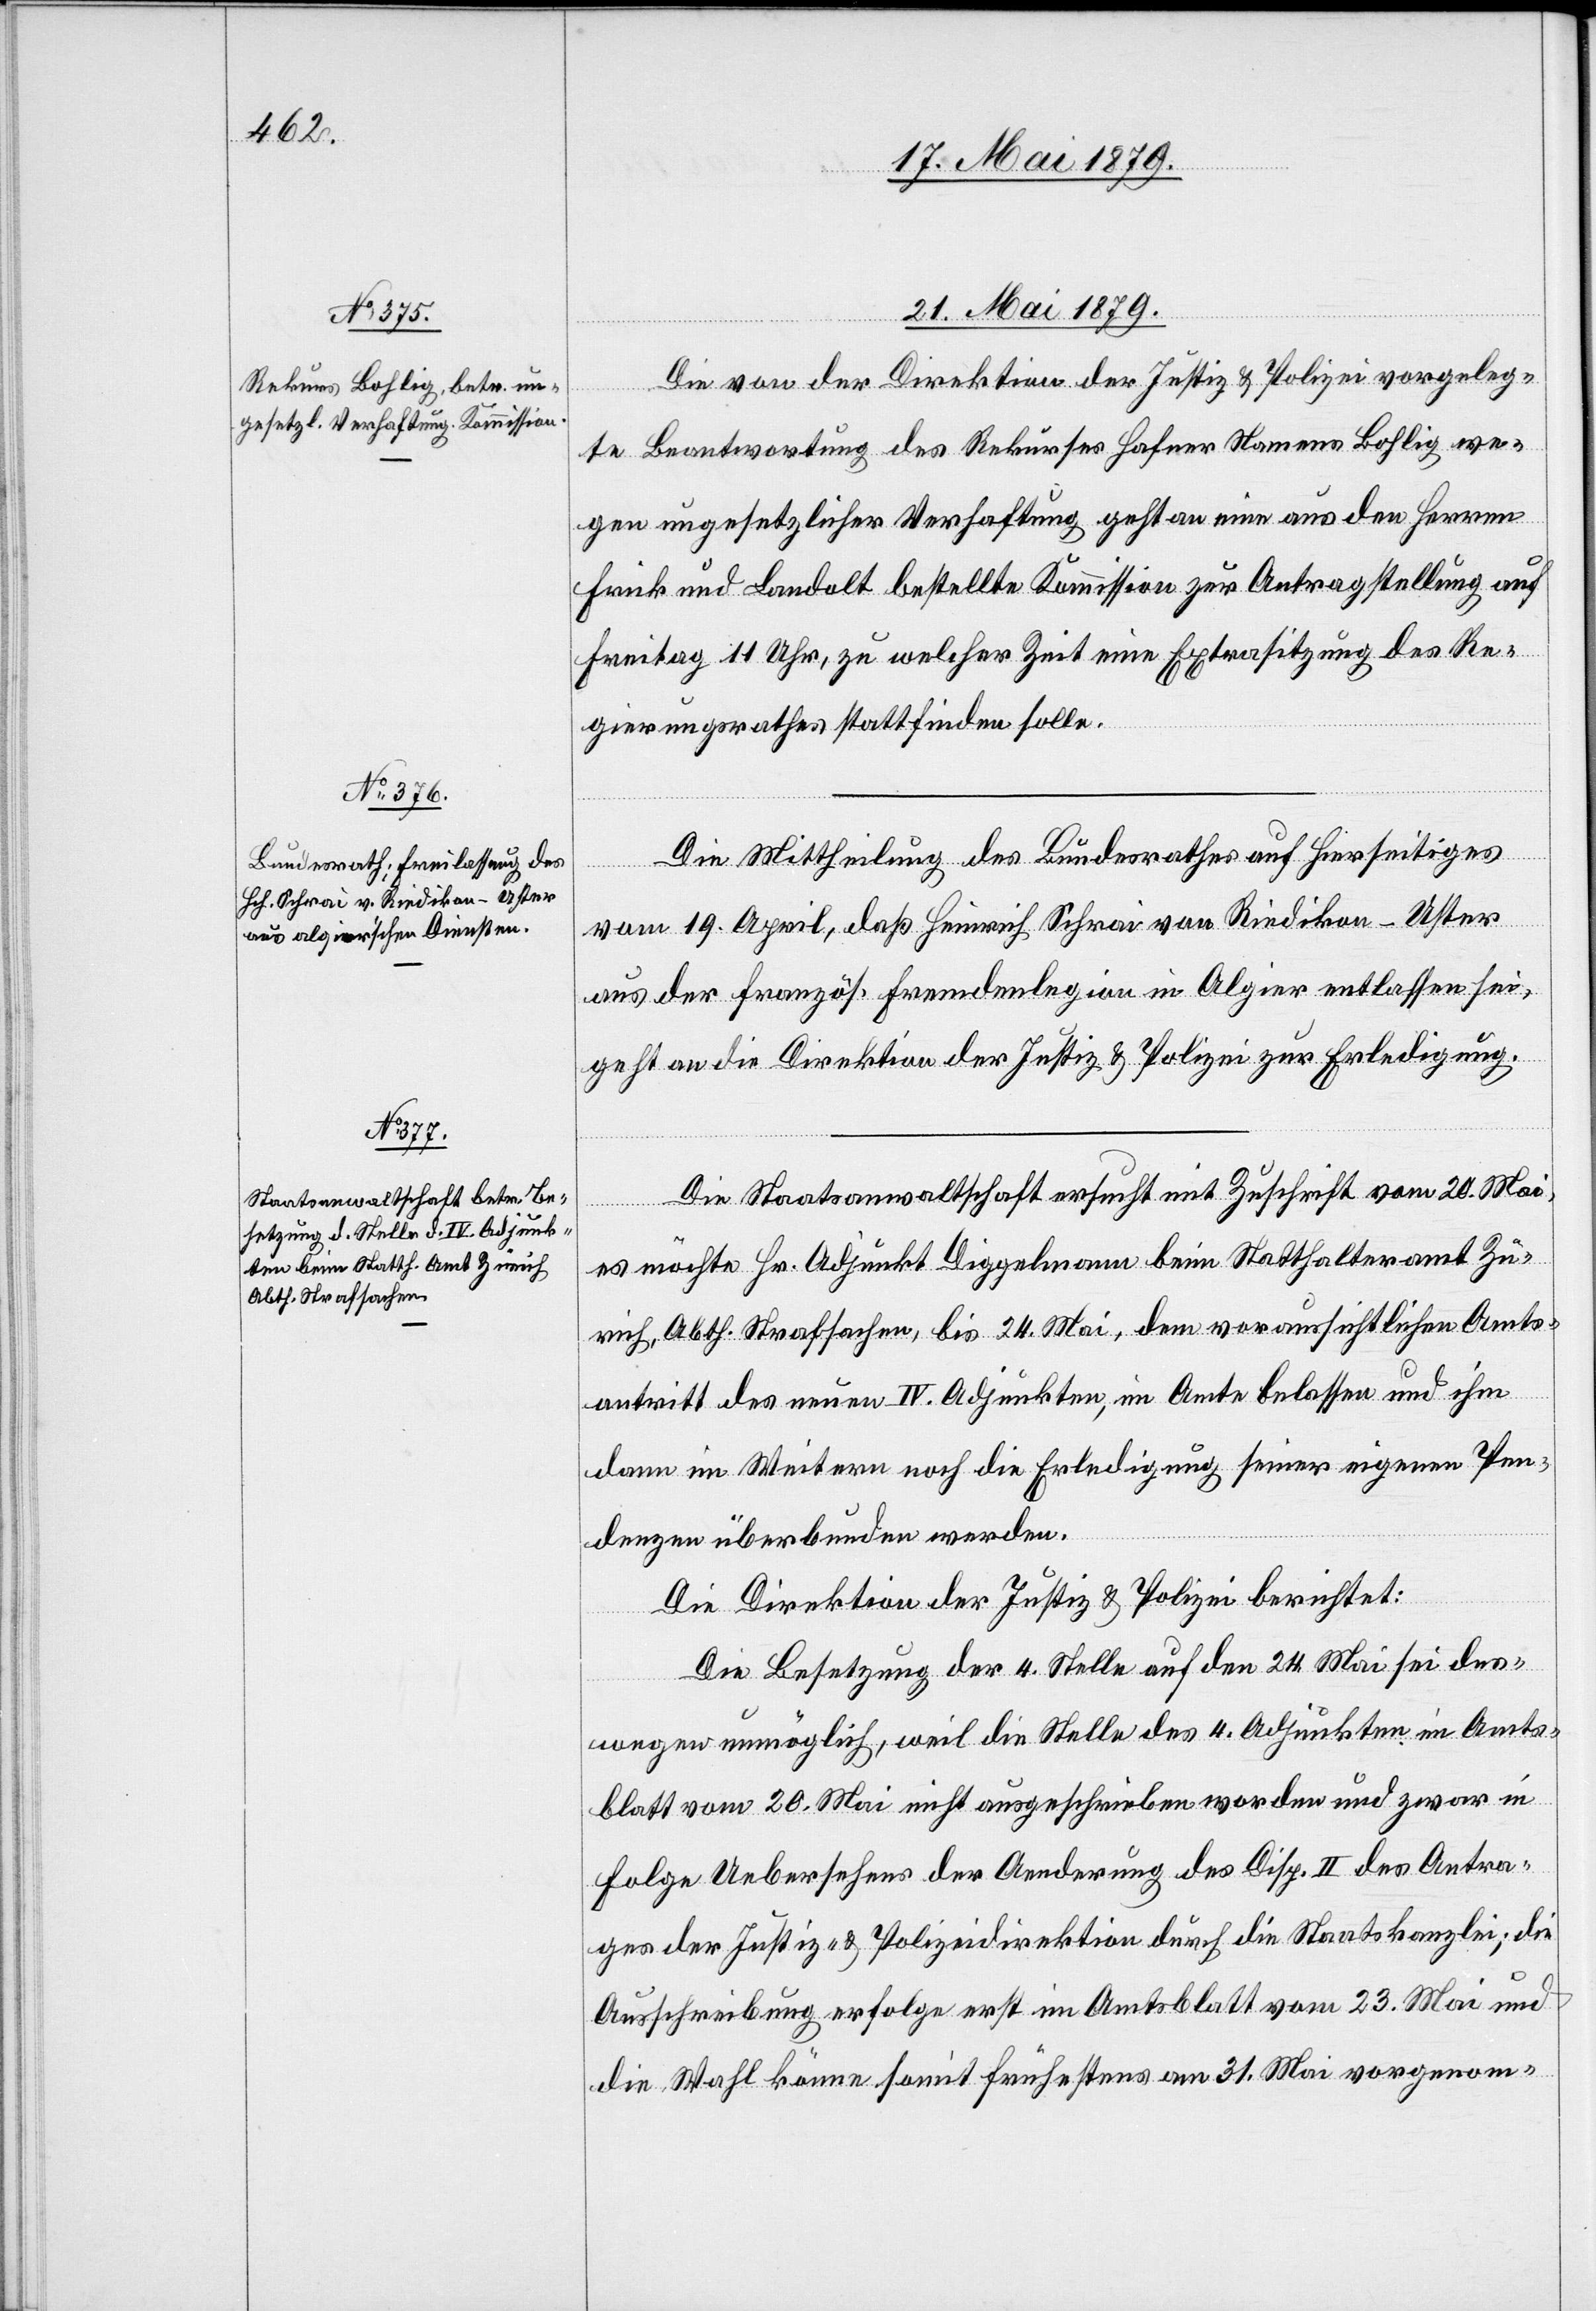
21. Mai 1879.]
Die von der Direktion der Justiz & Polizei vorgeleg¬
te Beantwortung des Rekurses Hafner Namens Bohlig we¬
gen ungesetzlicher Verhaftung geht an eine aus den Herren
Frick und Landolt bestellte Kommission zur Antragstellung auf
Freitag 11 Uhr, zu welcher Zeit eine Extrasitzung des Re¬
gierungsrathes stattfinden solle.
Die Mittheilung des Bundesrathes auf Hierseitiges
vom 19. April, daß Heinrich Schrai von Riedikon - Uster
aus der französ. Fremdenlegion in Algier entlassen sei,
geht an die Direktion der Justiz & Polizei zur Erledigung.
Die Staatsanwaltschaft ersucht mit Zuschrift vom 20. Mai,
es möchte Hr. Adjunkt Diggelmann beim Statthalteramt Zü¬
rich, Abth. Strafsachen, bis 24. Mai, dem voraussichtlichen Amts¬
antritt des neuen IV. Adjunkten, im Amte belassen und ihm
dann im Weitern noch die Erledigung seiner eigenen Pen¬
denzen überbunden werden.
Die Direktion der Justiz & Polizei berichtet:
Die Besetzung der 4. Stelle auf den 24. Mai sei des¬
wegen unmöglich, weil die Stelle des 4. Adjunkten im Amts¬
blatt vom 20. Mai nicht ausgeschrieben worden und zwar in
Folge Uebersehens der Aenderung des Disp. II des Antra¬
ges der Justiz- & Polizeidirektion durch die Staatskanzlei; die
Ausschreibung erfolge erst im Amtsblatt vom 23. Mai und
die Wahl könne somit frühestens am 31. Mai vorgenom-